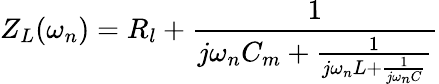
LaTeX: Z_{L}(\omega_{n})=R_{l}+\frac{1}{j\omega_{n}C_{m}+\frac{1}{j\omega_{n}L+\frac{1}{j\omega_{n}C}}}